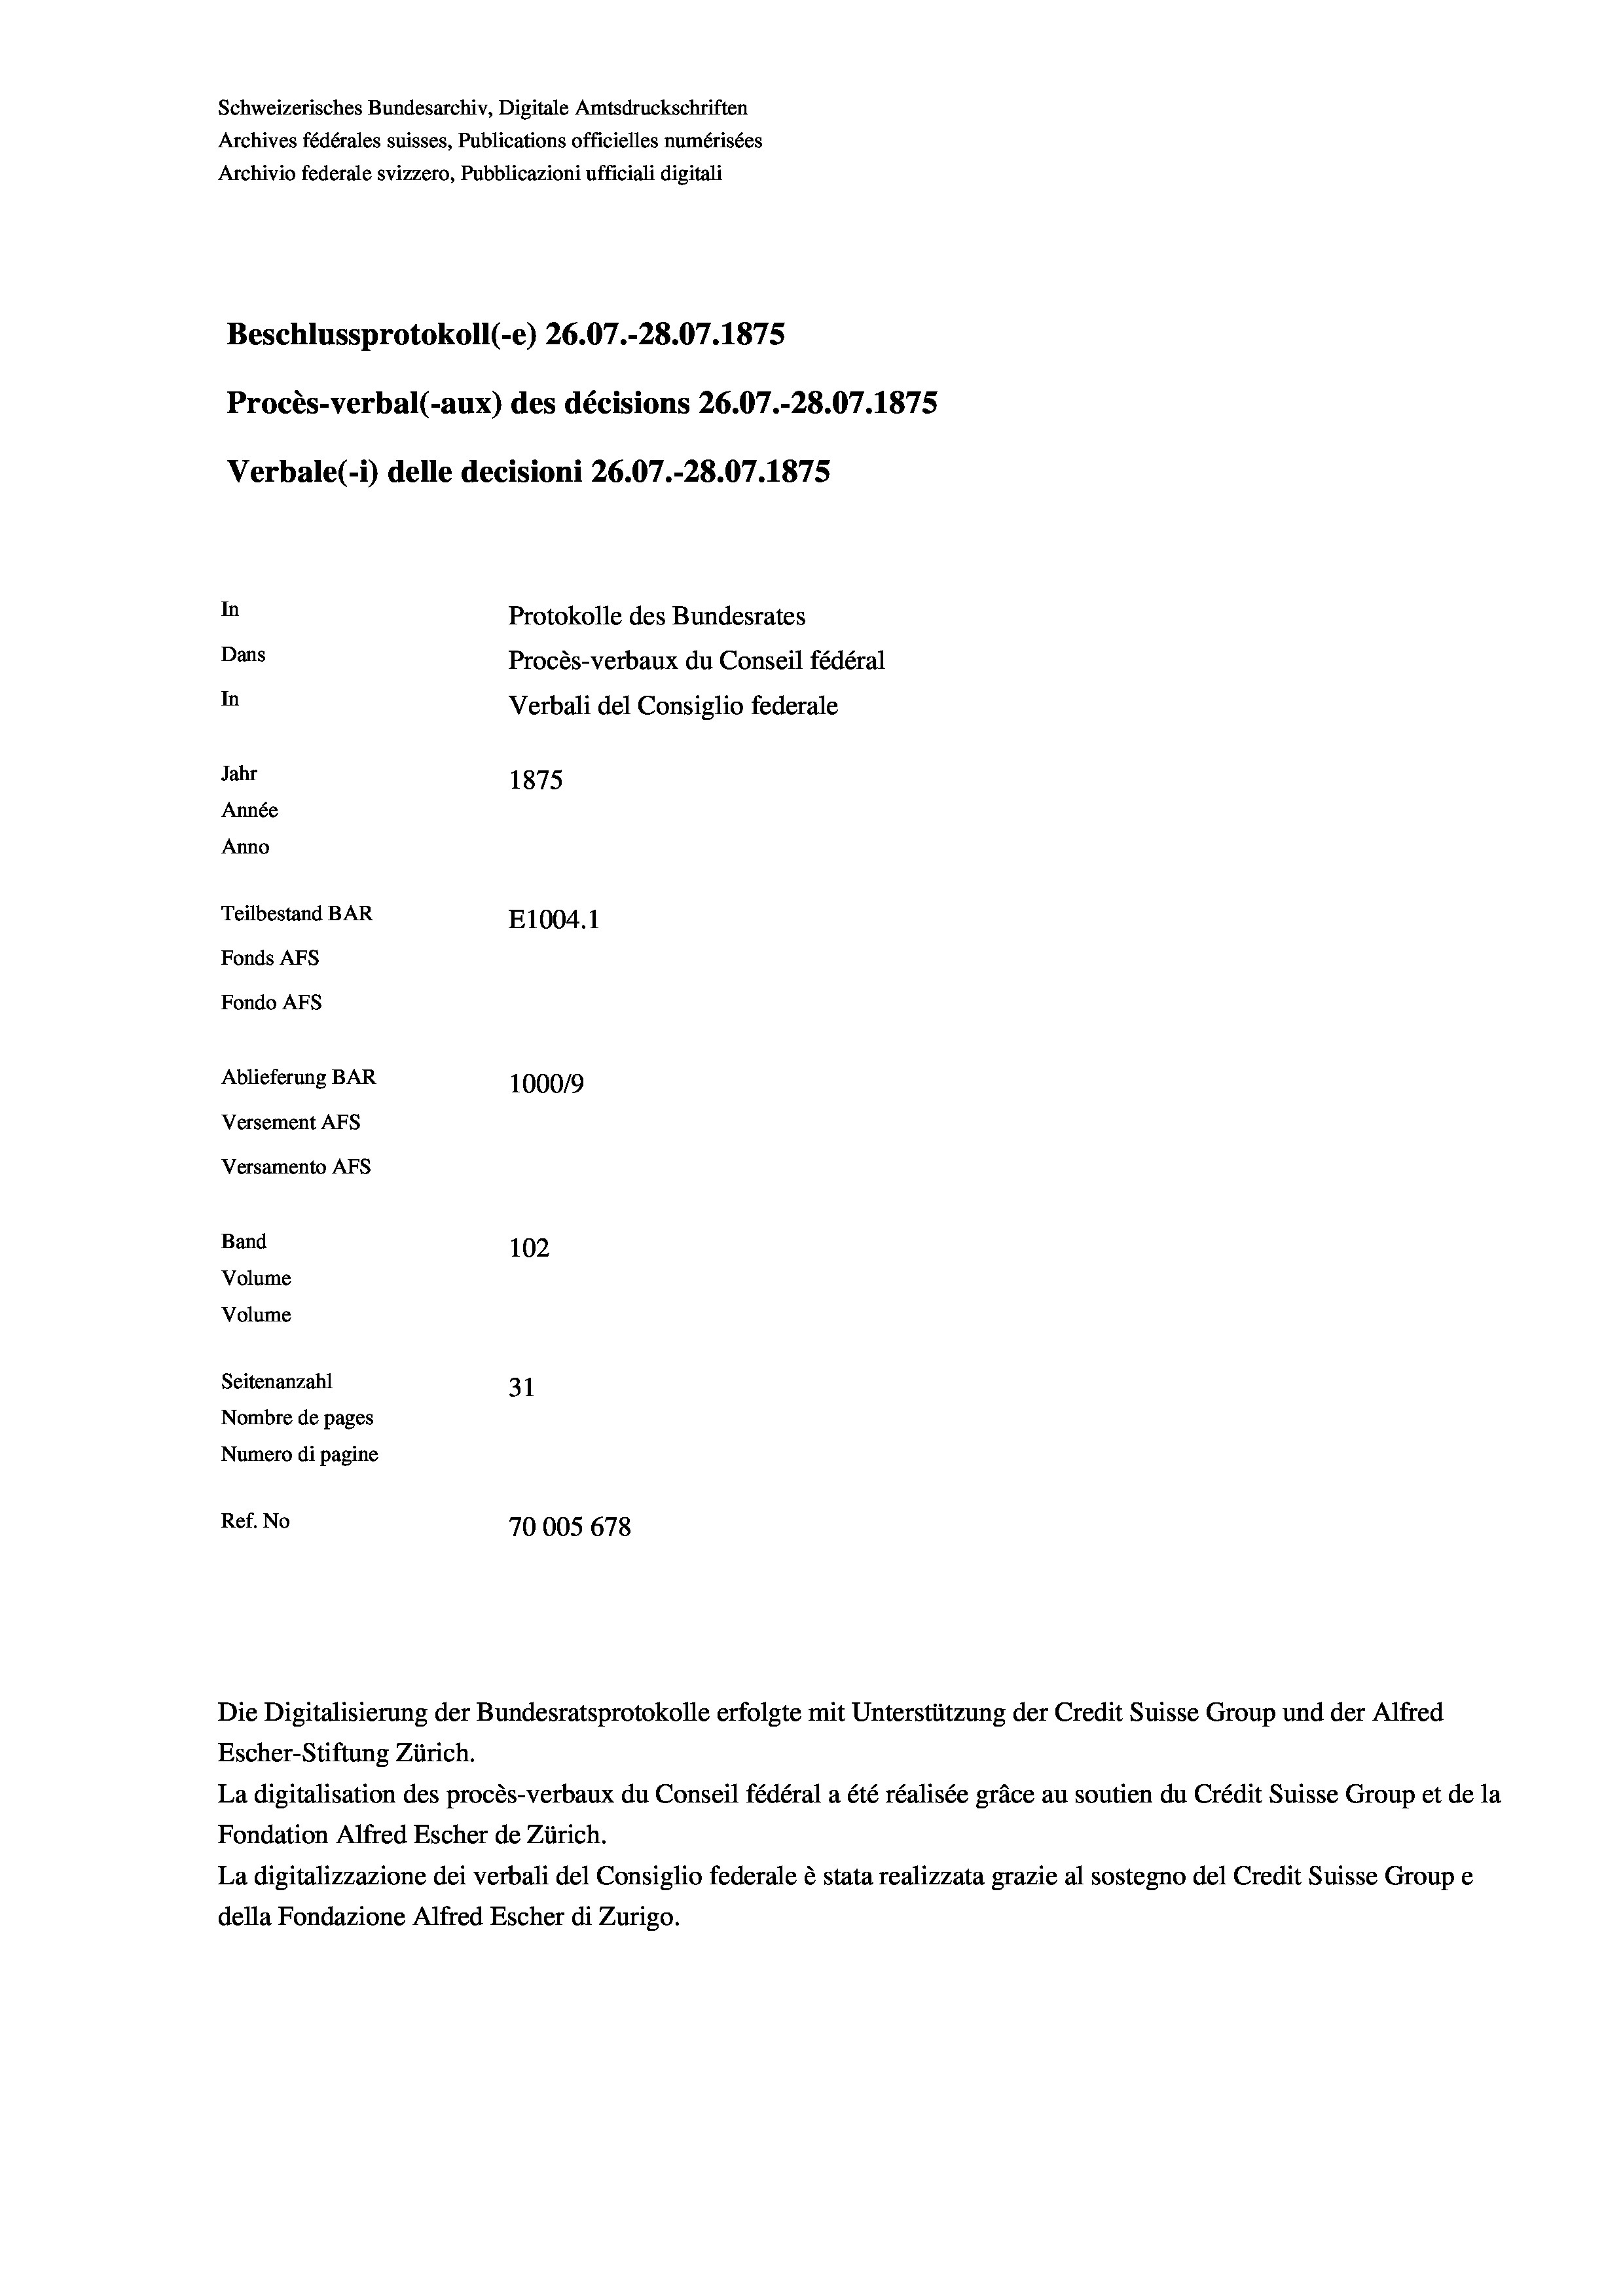
Schweizerisches Bundesarchiv, Digitale Amtsdruckschriften
Archives fédérales suisses, Publications officielles numérisées
Archivio federale svizzero, Pubblicazioni ufficiali digitali
Beschlussprotokoll (-e) 26.07.-28.07. 1875
Procès-verbal (-aux) des décisions 26.07.-28.07.1875
Verbale (i) delle decisioni 26.07.-28.07. 1875
In
Protokolle des Bundesrates
Dans
Procès-verbaux du Conseil fédéral
In
Verbali del Consiglio federale
Jahr
1875
Année
Anno
Teilbestand BAR
E1004. 1
Fonds AFs
Fondo AFS
Ablieferung BAR
100019
Versement AFs
Versamento AFs
Band
102
Volume
Volume
Seitenanzahl
31
Nombre de pages
Numero di pagine
Ref. No
70005 678

Escher-Stiftung Zürich.
La digitalisation des procès-verbaux du Conseil fédéral a été réalisée gräce au soutien du Crédit Suisse Group et de la
Fondation Alfred Escher de Zürich.
La digitalizzazione dei verbali del Consiglio federale è stata realizzata grazie al sostegno del Credit Suisse Groupe
della Fondazione Alfred Escher di Zurigo.

Die Digitalisierung der Bundesratsprotokolle erfolgte mit Unterstützung der Credit Suisse Group und der Alfred